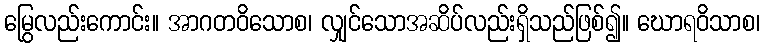
မြွေလည်းကောင်း။ အာဂတဝိသောစ၊ လျှင်သောအဆိပ်လည်းရှိသည်ဖြစ်၍။ ဃောရဝိသာစ၊